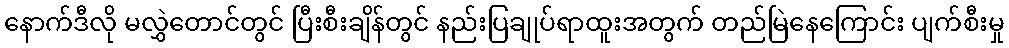
နောက်ဒီလို မလွှဲတောင်တွင် ပြီးစီးချိန်တွင် နည်းပြချုပ်ရာထူးအတွက် တည်မြဲနေကြောင်း ပျက်စီးမှု